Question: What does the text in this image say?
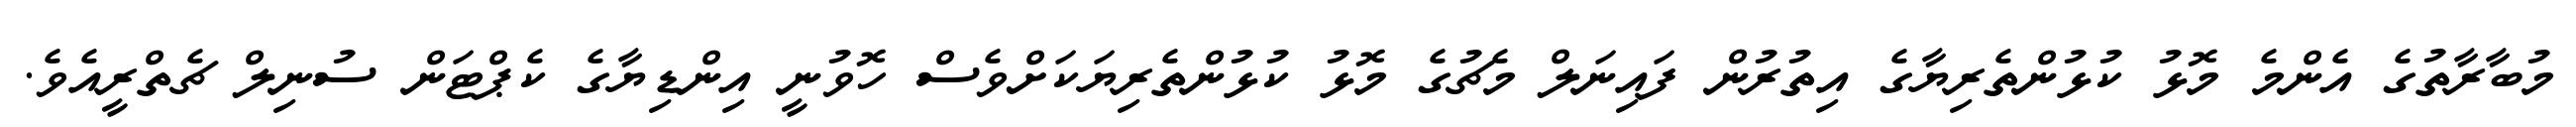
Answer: މުބާރާތުގެ އެންމެ މޮޅު ކުޅުންތެރިޔާގެ އިތުރުން ފައިނަލް މެޗުގެ މޮޅު ކުޅުންތެރިޔަކަށްވެސް ހޮވުނީ އިންޑިޔާގެ ކެޕްޓަން ސުނިލް ޗެތްރީއެވެ.